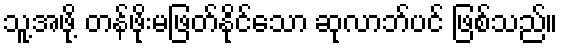
သူ့အဖို့ တန်ဖိုးမဖြတ်နိုင်သော ဆုလာဘ်ပင် ဖြစ်သည်။